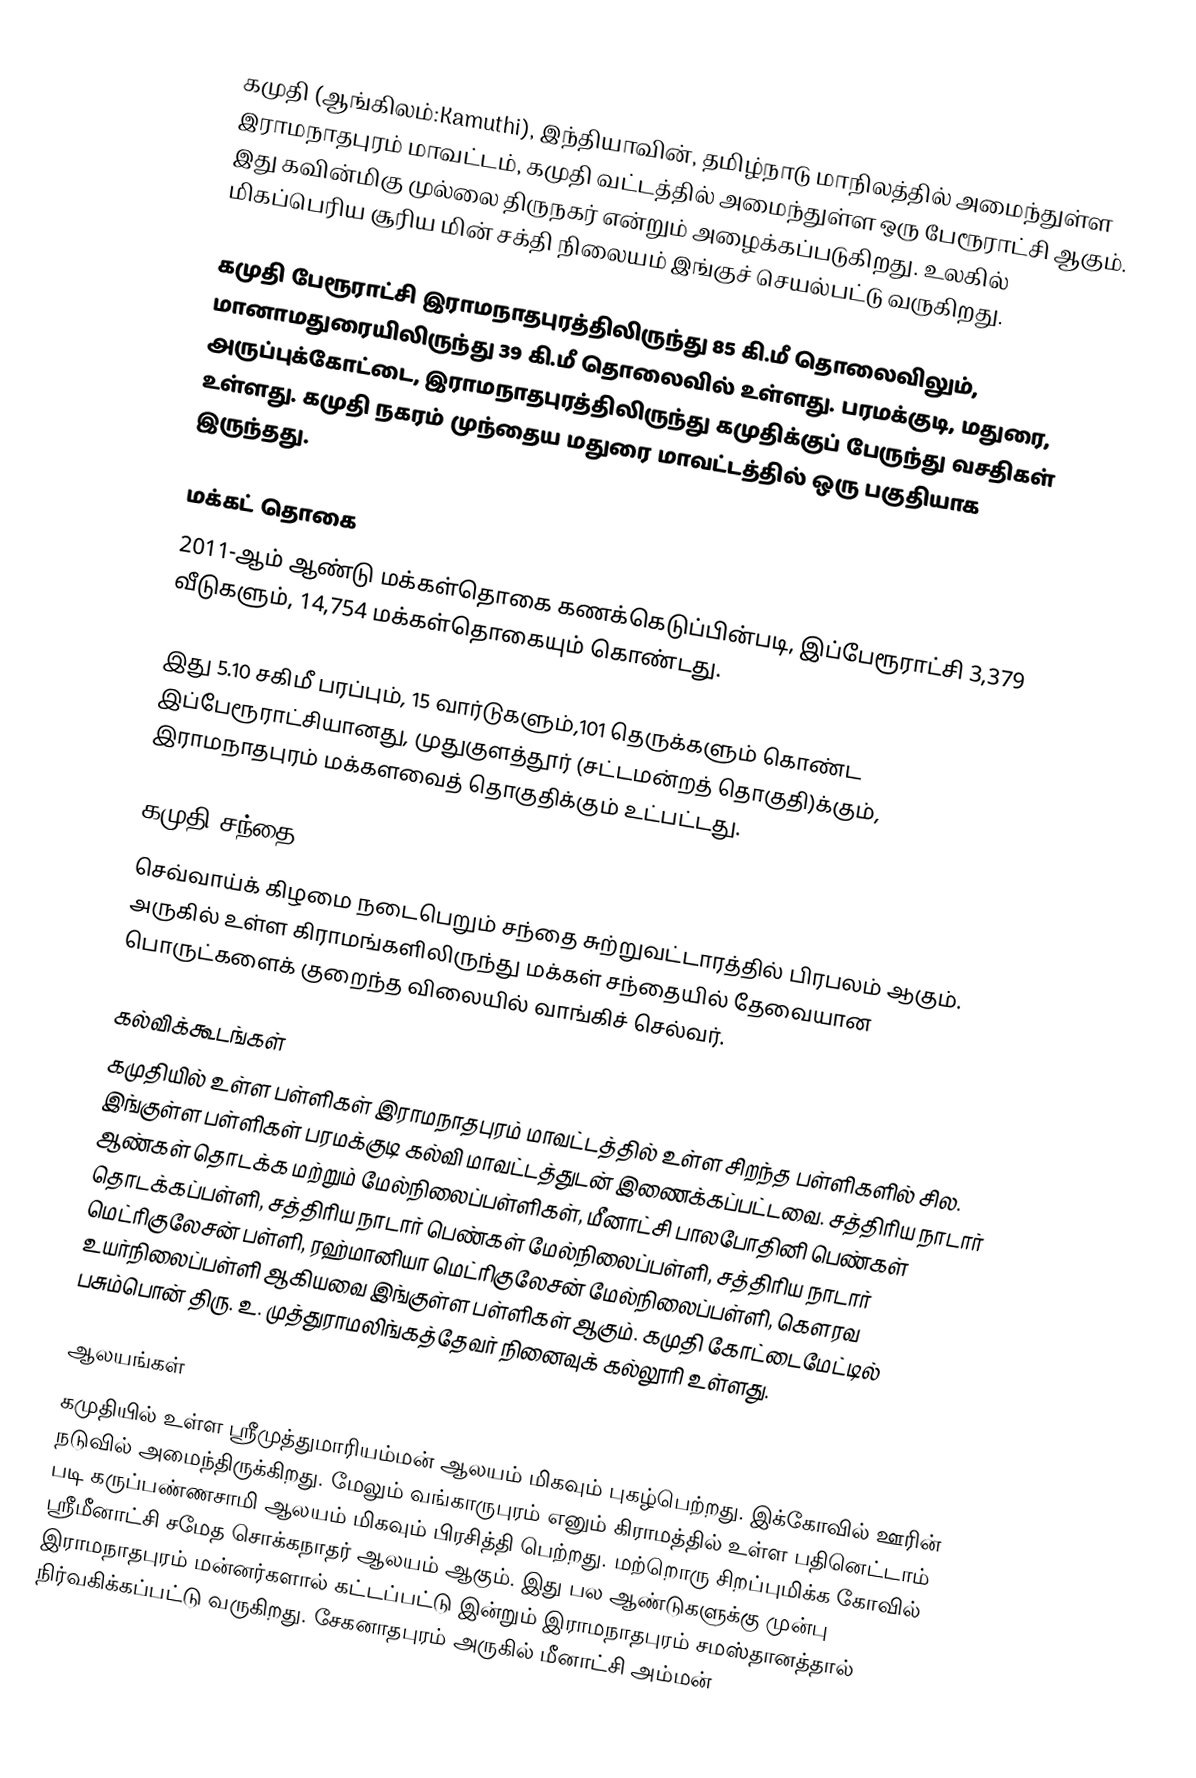
கமுதி (ஆங்கிலம்:Kamuthi), இந்தியாவின், தமிழ்நாடு மாநிலத்தில் அமைந்துள்ள இராமநாதபுரம் மாவட்டம்,  கமுதி வட்டத்தில் அமைந்துள்ள ஒரு பேரூராட்சி ஆகும். இது கவின்மிகு முல்லை திருநகர் என்றும் அழைக்கப்படுகிறது. உலகில் மிகப்பெரிய சூரிய மின் சக்தி நிலையம் இங்குச் செயல்பட்டு வருகிறது.

கமுதி பேரூராட்சி இராமநாதபுரத்திலிருந்து 85 கி.மீ தொலைவிலும், மானாமதுரையிலிருந்து 39 கி.மீ தொலைவில் உள்ளது. பரமக்குடி, மதுரை, அருப்புக்கோட்டை, இராமநாதபுரத்திலிருந்து கமுதிக்குப் பேருந்து வசதிகள் உள்ளது. கமுதி நகரம் முந்தைய மதுரை மாவட்டத்தில் ஒரு பகுதியாக இருந்தது.

மக்கட் தொகை
2011-ஆம் ஆண்டு மக்கள்தொகை கணக்கெடுப்பின்படி, இப்பேரூராட்சி  3,379     வீடுகளும், 14,754 மக்கள்தொகையும் கொண்டது.

இது 5.10 சகிமீ பரப்பும், 15 வார்டுகளும்,101 தெருக்களும் கொண்ட இப்பேரூராட்சியானது,  முதுகுளத்தூர் (சட்டமன்றத் தொகுதி)க்கும், இராமநாதபுரம் மக்களவைத் தொகுதிக்கும் உட்பட்டது.

கமுதி சந்தை
செவ்வாய்க் கிழமை நடைபெறும் சந்தை சுற்றுவட்டாரத்தில் பிரபலம் ஆகும். அருகில் உள்ள கிராமங்களிலிருந்து மக்கள் சந்தையில் தேவையான பொருட்களைக் குறைந்த விலையில் வாங்கிச் செல்வர்.

கல்விக்கூடங்கள்
கமுதியில் உள்ள பள்ளிகள் இராமநாதபுரம் மாவட்டத்தில் உள்ள சிறந்த பள்ளிகளில் சில. இங்குள்ள பள்ளிகள் பரமக்குடி கல்வி மாவட்டத்துடன் இணைக்கப்பட்டவை. சத்திரிய நாடார் ஆண்கள் தொடக்க மற்றும் மேல்நிலைப்பள்ளிகள், மீனாட்சி பாலபோதினி பெண்கள் தொடக்கப்பள்ளி, சத்திரிய நாடார் பெண்கள் மேல்நிலைப்பள்ளி, சத்திரிய நாடார் மெட்ரிகுலேசன் பள்ளி, ரஹ்மானியா மெட்ரிகுலேசன் மேல்நிலைப்பள்ளி, கௌரவ உயர்நிலைப்பள்ளி ஆகியவை இங்குள்ள பள்ளிகள் ஆகும். கமுதி கோட்டைமேட்டில் பசும்பொன் திரு. உ. முத்துராமலிங்கத்தேவர் நினைவுக் கல்லூரி உள்ளது.

ஆலயங்கள்
கமுதியில் உள்ள ஸ்ரீமுத்துமாரியம்மன் ஆலயம் மிகவும் புகழ்பெற்றது. இக்கோவில் ஊரின் நடுவில் அமைந்திருக்கிறது. மேலும் வங்காருபுரம் எனும் கிராமத்தில் உள்ள பதினெட்டாம் படி கருப்பண்ணசாமி ஆலயம் மிகவும் பிரசித்தி பெற்றது. மற்றொரு சிறப்புமிக்க கோவில் ஸ்ரீமீனாட்சி சமேத சொக்கநாதர் ஆலயம் ஆகும். இது பல ஆண்டுகளுக்கு முன்பு இராமநாதபுரம் மன்னர்களால் கட்டப்பட்டு இன்றும் இராமநாதபுரம் சமஸ்தானத்தால் நிர்வகிக்கப்பட்டு வருகிறது. சேகனாதபுரம் அருகில் மீனாட்சி அம்மன்